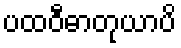
ပထဝီဓာတုယာပိ